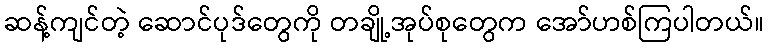
ဆန့်ကျင်တဲ့ ဆောင်ပုဒ်တွေကို တချို့အုပ်စုတွေက အော်ဟစ်ကြပါတယ်။